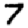
Digit: 7